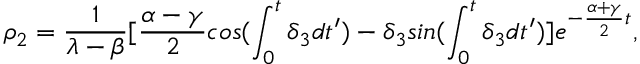
\rho _ { 2 } = \frac { 1 } { \lambda - \beta } [ \frac { \alpha - \gamma } { 2 } c o s ( \int _ { 0 } ^ { t } \delta _ { 3 } d t ^ { \prime } ) - \delta _ { 3 } s i n ( \int _ { 0 } ^ { t } \delta _ { 3 } d t ^ { \prime } ) ] e ^ { - \frac { \alpha + \gamma } { 2 } t } ,